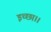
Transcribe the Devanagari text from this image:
इच्‍छा।।